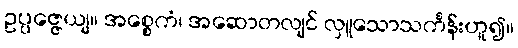
ဥပ္ပဇ္ဇေယျ။ အစ္စေကံ၊ အဆောတလျင် လှူသောသင်္ကန်းဟူ၍။